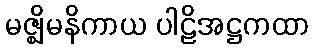
မဇ္ဈိမနိကာယ ပါဠိအဋ္ဌကထာ